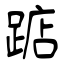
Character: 踮